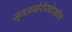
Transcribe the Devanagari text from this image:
जूनअखेरीसदेखील